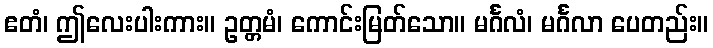
ဧတံ၊ ဤလေးပါးကား။ ဥတ္တမံ၊ ကောင်းမြတ်သော။ မင်္ဂလံ၊ မင်္ဂလာ ပေတည်း။